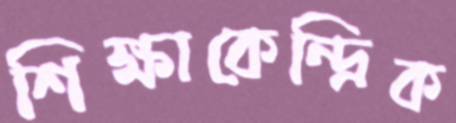
শিক্ষাকেন্দ্রিক